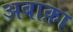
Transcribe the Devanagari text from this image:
अबाक़ा